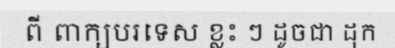
ពី ពាក្យបរទេស ខ្លះ ៗ ដូចជា ដុក